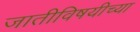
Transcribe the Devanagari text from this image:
जातीविषयीच्या